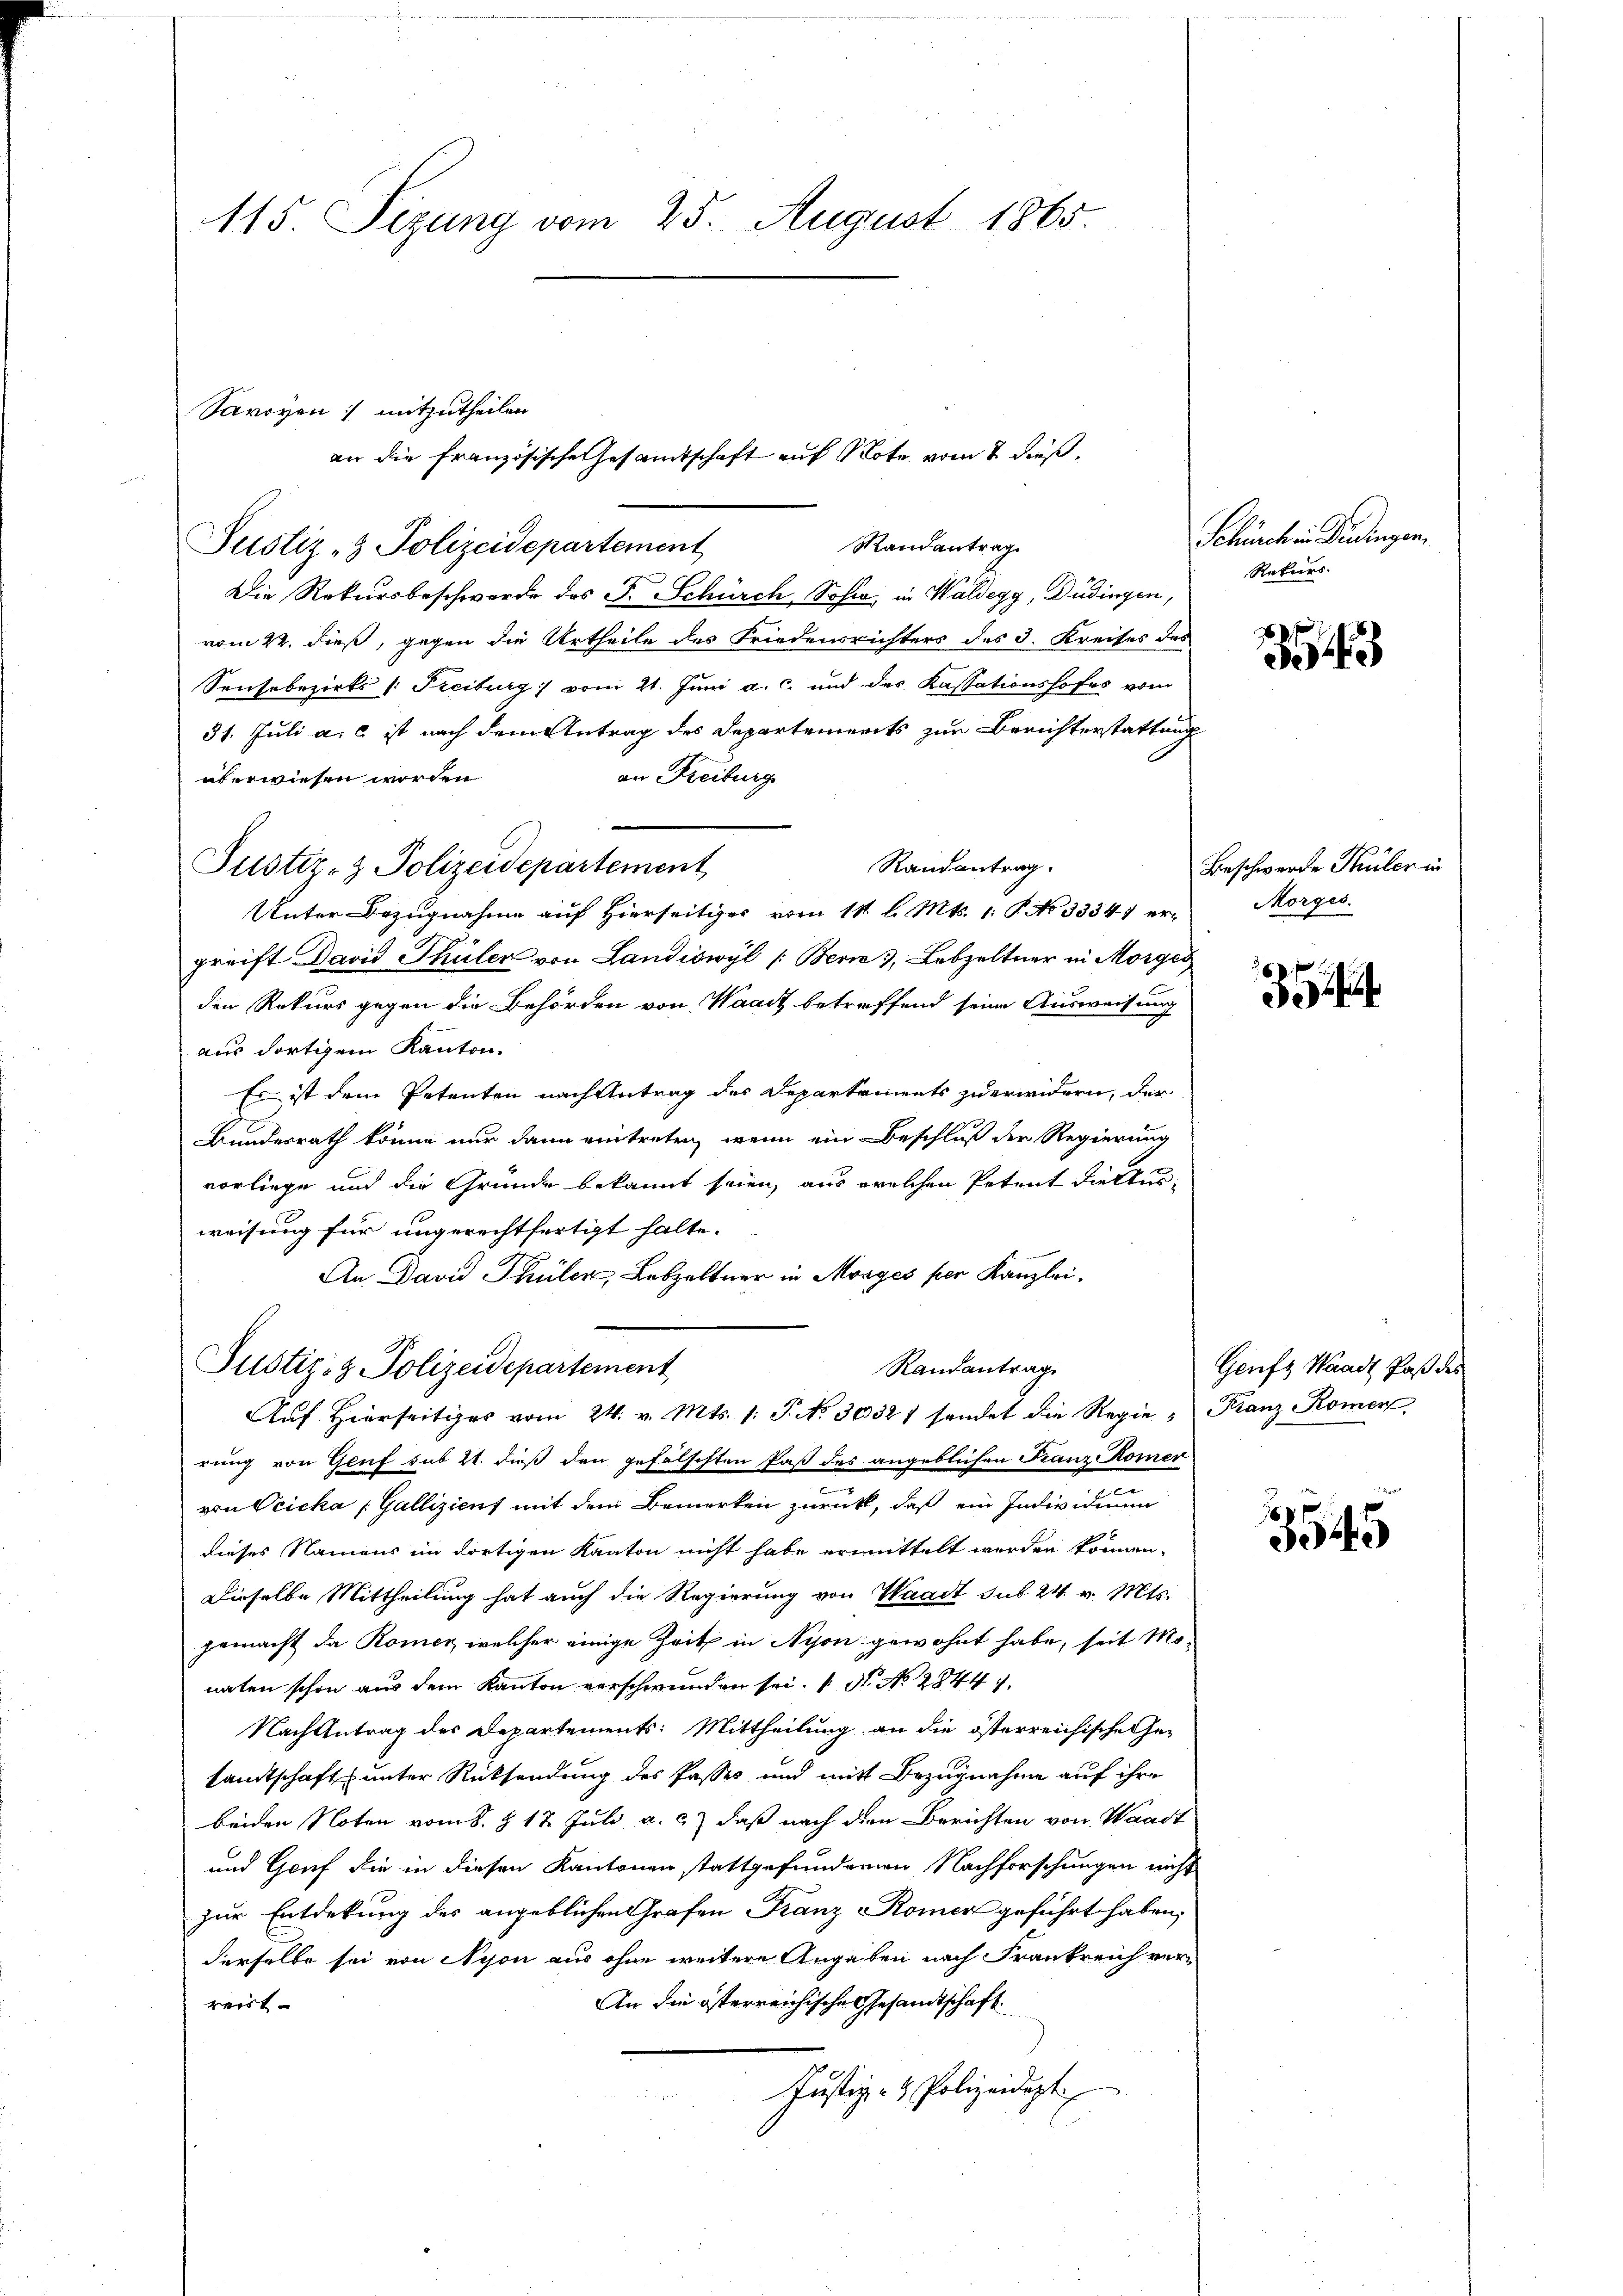
115 Sizung vom 25. August 1865.

Savoyen :/ mitzutheilen

Randantrag
Justiz- & Polizeidepartement
Die Rekursbeschwerde des F. Schürch, Sohn in Waldegg, Düdingen,
vom 22. dieß, gegen die Urtheile des Friedensrichters des 3. Kreises des
Sensobezirks /: Freiburg vom 21. Juni a. c. und des Kassationshofes vom
31. Juli a. c. ist nach dem Antrag des Departements zur Berichterstattung
an Freiburg
überwiesen worden
Randantrag.
Unter Bezugnahme auf Hierseitiger vom 11. l. Mts. 1. P. No 3334 ergreift David Thüler von Landiswyl (Bern, Lebzeltner in Morge
den Rekurs gegen die Behörden von Waadt betreffend seine Ausweisung
aus dortigem Kanton.
Es ist dem Petenten nach Antrag des Departements zu erwidern, der
Bundesrath könne nur dann eintreten, wenn ein Beschluß der Regierung
vorliege und die Gründe bekannt seien, aus welchen Petent die Aus-
weisung für ungerechtfertigt halte.
An David Thüler, Lobzeltner in Morges per Kanzlei.
Justiz- & Polizeidepartement
Randantrag
Auf Hierseitiges vom 24. v. Mts. 1. P. No. 30321 sendet die Regie - Franz Romen
rung von Greif sub 21. dieß den gefälschten Paß des angeblichen Franz Komer
von Oeicka Gallizient mit dem Bemerken zurückt, daß ein Individuum
dieses Namens im dortigen Kanton nicht habe ermittelt werden können.
Dieselbe Mittheilung hat auch die Regierung von Waadt sub 24. v. Mts.
gemacht da Römer, welcher einige Zeit in Nison gewohnt habe, seit Monaten schon aus dem Kanton verschwunden sei. N. N. 2844).
Nach Antrag des Departements: Mittheilung an die österreichische Ge-
sandtschaft unter Rücksendung des Passes und mit Bezugnahme auf ihre
beiden Noten vom 8. § 17. Juli a. c.) daß nach den Berichten von Waadt
und Graf die in diesen Kantonen stattgefundenen Nachforschungen nicht
zur Entdekung des angeblichen Grafen Franz Romer geführt haben,
derselbe sei von Nyon aus ohne weitere Angaben nach Frankreich ver¬
An die österreichische Gesandtschaft
weist
Justiz- & Polizeidigt

Justiz- & Polizeidepartement

an die Französische Gesamtschaft auf Note vom 2 dieß,

Schürchen Bedingen.
Rekurs

Beschwerde Thüler in
Morges.

Geufs Waadt Paß des

3543

3

1
304